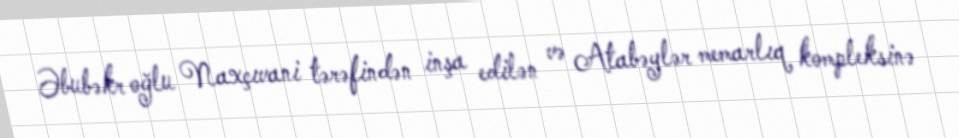
Əbubəkr oğlu Naxçıvani tərəfindən inşa edilən və Atabəylər memarlıq kompleksinə